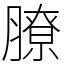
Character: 膫